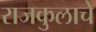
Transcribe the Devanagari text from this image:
राजकुलाचे